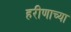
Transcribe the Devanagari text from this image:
हरीणाच्या